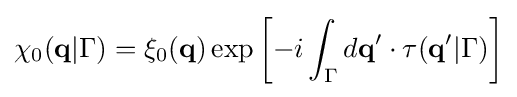
\chi _{0}(\mathbf {q} |\Gamma )=\xi _{0}(\mathbf {q} )\exp \left[-i\int _{\Gamma }d\mathbf {q} '\cdot \mathbf {\tau } (\mathbf {q} '|\Gamma )\right]